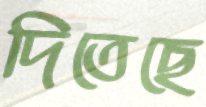
দিতেছে